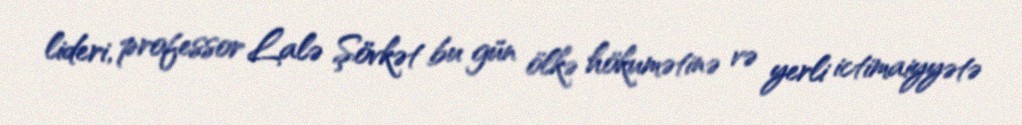
lideri, professor Lalə Şövkət bu gün ölkə hökumətinə və yerli ictimaiyyətə